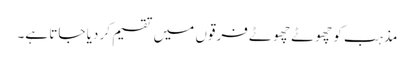
مذہب کو چھوٹے چھوٹے فرقوں میں تقسیم کر دیا جاتا ہے۔